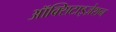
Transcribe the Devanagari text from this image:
ऑक्सिटाइज़ेशन